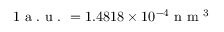
1 \mathrm { ~ a ~ . ~ u ~ . ~ } = 1 . 4 8 1 8 \times 1 0 ^ { - 4 } \mathrm { ~ n ~ m ~ } ^ { 3 }